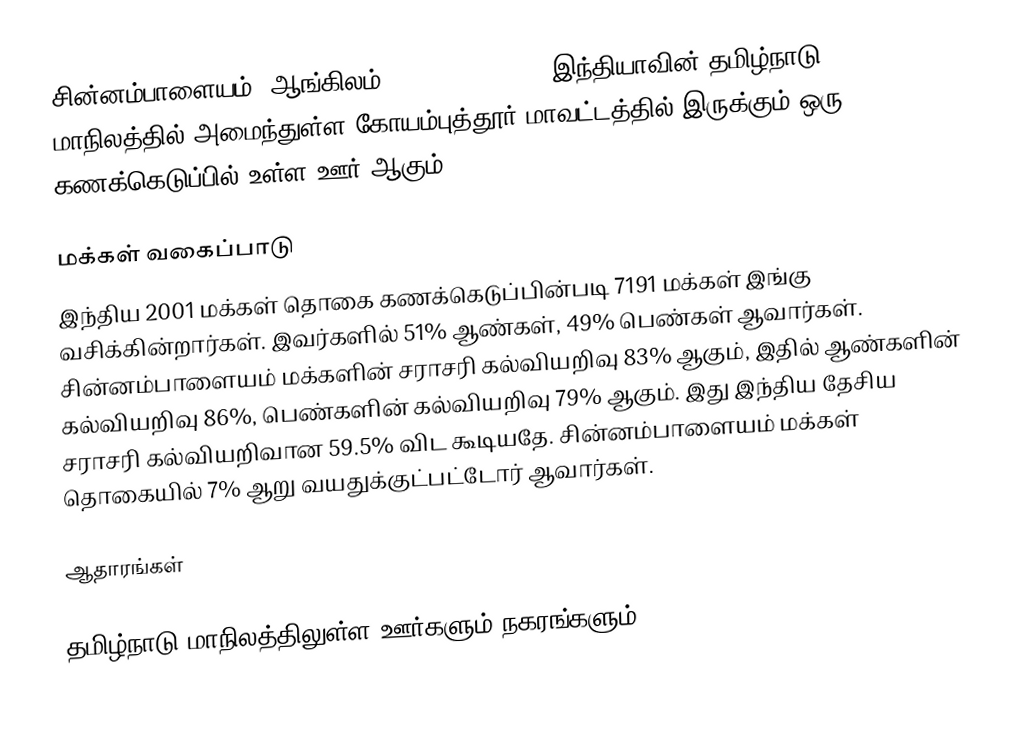
சின்னம்பாளையம் (ஆங்கிலம்:Chinnampalayam), இந்தியாவின் தமிழ்நாடு மாநிலத்தில் அமைந்துள்ள கோயம்புத்தூர் மாவட்டத்தில் இருக்கும் ஒரு கணக்கெடுப்பில் உள்ள ஊர்  ஆகும்.

மக்கள் வகைப்பாடு
இந்திய 2001 மக்கள் தொகை கணக்கெடுப்பின்படி 7191 மக்கள் இங்கு வசிக்கின்றார்கள். இவர்களில் 51% ஆண்கள், 49% பெண்கள் ஆவார்கள். சின்னம்பாளையம் மக்களின் சராசரி கல்வியறிவு 83% ஆகும்,  இதில் ஆண்களின் கல்வியறிவு 86%,  பெண்களின் கல்வியறிவு 79% ஆகும். இது இந்திய தேசிய சராசரி கல்வியறிவான 59.5% விட கூடியதே. சின்னம்பாளையம் மக்கள் தொகையில் 7%  ஆறு வயதுக்குட்பட்டோர் ஆவார்கள்.

ஆதாரங்கள்

தமிழ்நாடு மாநிலத்திலுள்ள ஊர்களும் நகரங்களும்